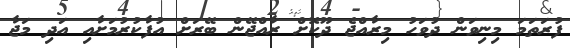
ފުރަތަމަ މިނިވަން ދުވަހު މިރާއްޖެ ދޫކޮށް ރާއްޖޭން ބޭރަށް އުފާކުރުމަށާއި އަދި މަޖާ